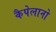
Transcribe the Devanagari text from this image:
कैपेलानो